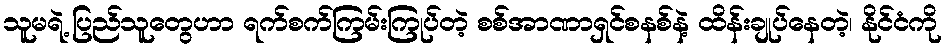
သူမရဲ့ ပြည်သူတွေဟာ ရက်စက်ကြမ်းကြုပ်တဲ့ စစ်အာဏာရှင်စနစ်နဲ့ ထိန်းချုပ်နေတဲ့၊ နိုင်ငံကို